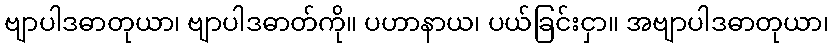
ဗျာပါဒဓာတုယာ၊ ဗျာပါဒဓာတ်ကို။ ပဟာနာယ၊ ပယ်ခြင်းငှာ။ အဗျာပါဒဓာတုယာ၊